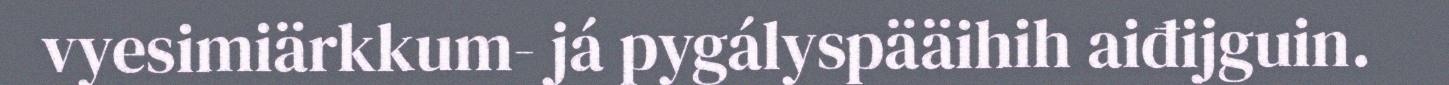
vyesimiärkkum- já pygályspääihih aiđijguin.